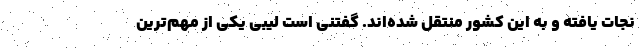
نجات یافته و به این کشور منتقل شده‌اند. گفتنی است لیبی یکی از مهم‌ترین